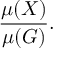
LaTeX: { \frac { \mu ( X ) } { \mu ( G ) } } .